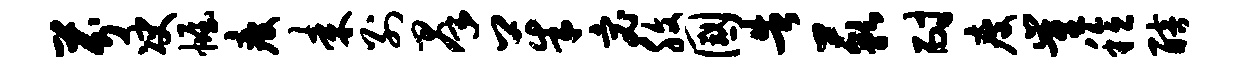
芬决幄疲耒别群茱宓腹国告藐耐瘦崔稔醅